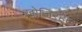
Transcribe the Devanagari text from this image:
खोजिरहेछ